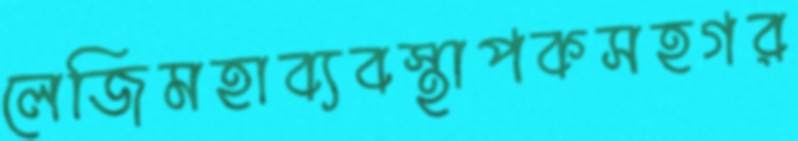
লেজিমহাব্যবস্থাপকসহগর